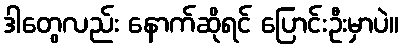
ဒါတွေလည်း နောက်ဆိုရင် ပြောင်းဦးမှာပဲ။